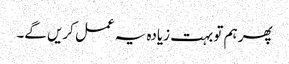
پھر ہم تو بہت زیادہ یہ عمل کریں گے۔